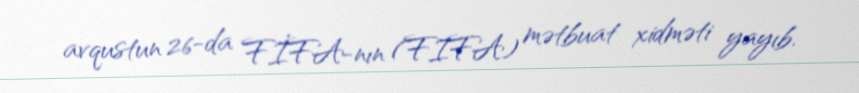
avqustun 26-da FİFA-nın (FIFA) mətbuat xidməti yayıb.